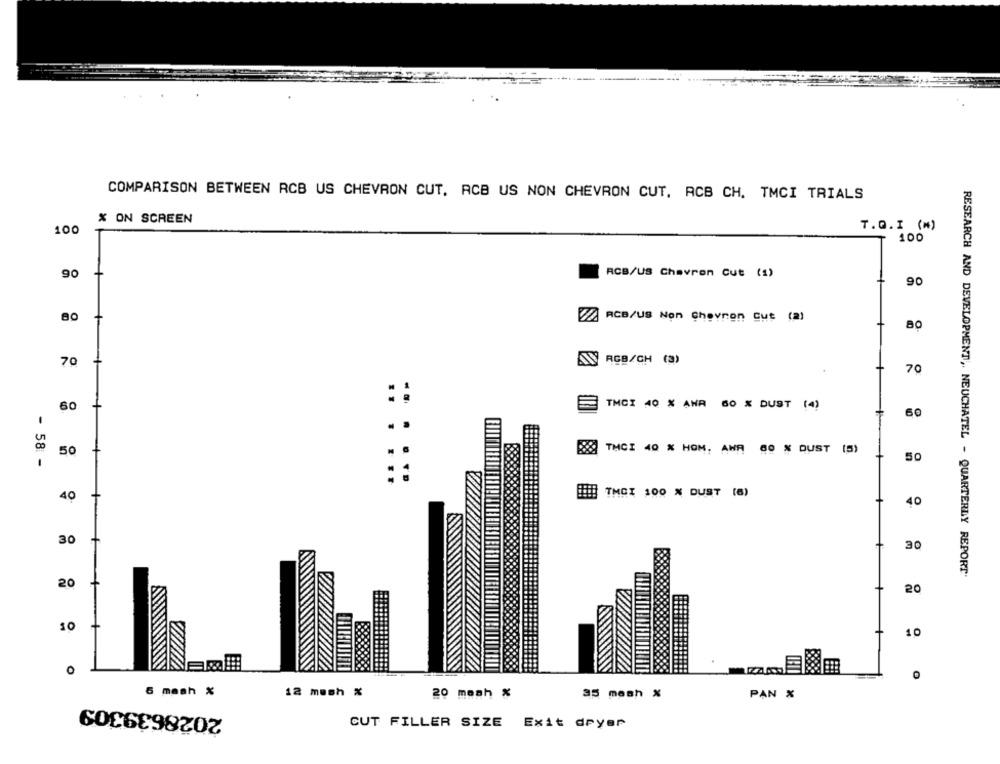
COMPARISON BETWEEN RCB US CHEVRON CUT. ACB US NON CHEVRON CUT, ACB CH. TMCI TRIALS
% ON SCREEN
7.Q.I (M)
100
100
90
ACB/US Chevron Cut (1)
90
ZA ACB/US Non Chevron Cut (2)
80
70
ANY AGB/CH (2)
70
60
TMCI 40 % ANA
60 X DUST (4)
60
:: :
50
B88 THCI 40 % HOM. AWA 80 % QUST (5)
50
58-
40
TMCI 100 % DUST (6)
40
30
30
RESEARCH AND DEVELOPMENT, NEUCHATEL - QUARTERLY REPORT'
20
20
+
10
O
6 mash %
12 mesh %
20 mash %
35 mesh %
PAN %
2028639309
CUT FILLER SIZE
Exit deyer